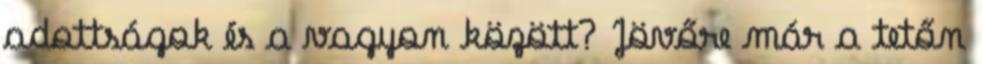
adottságok és a vagyon között? Jövőre már a tetőn